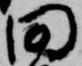
田